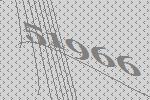
51966